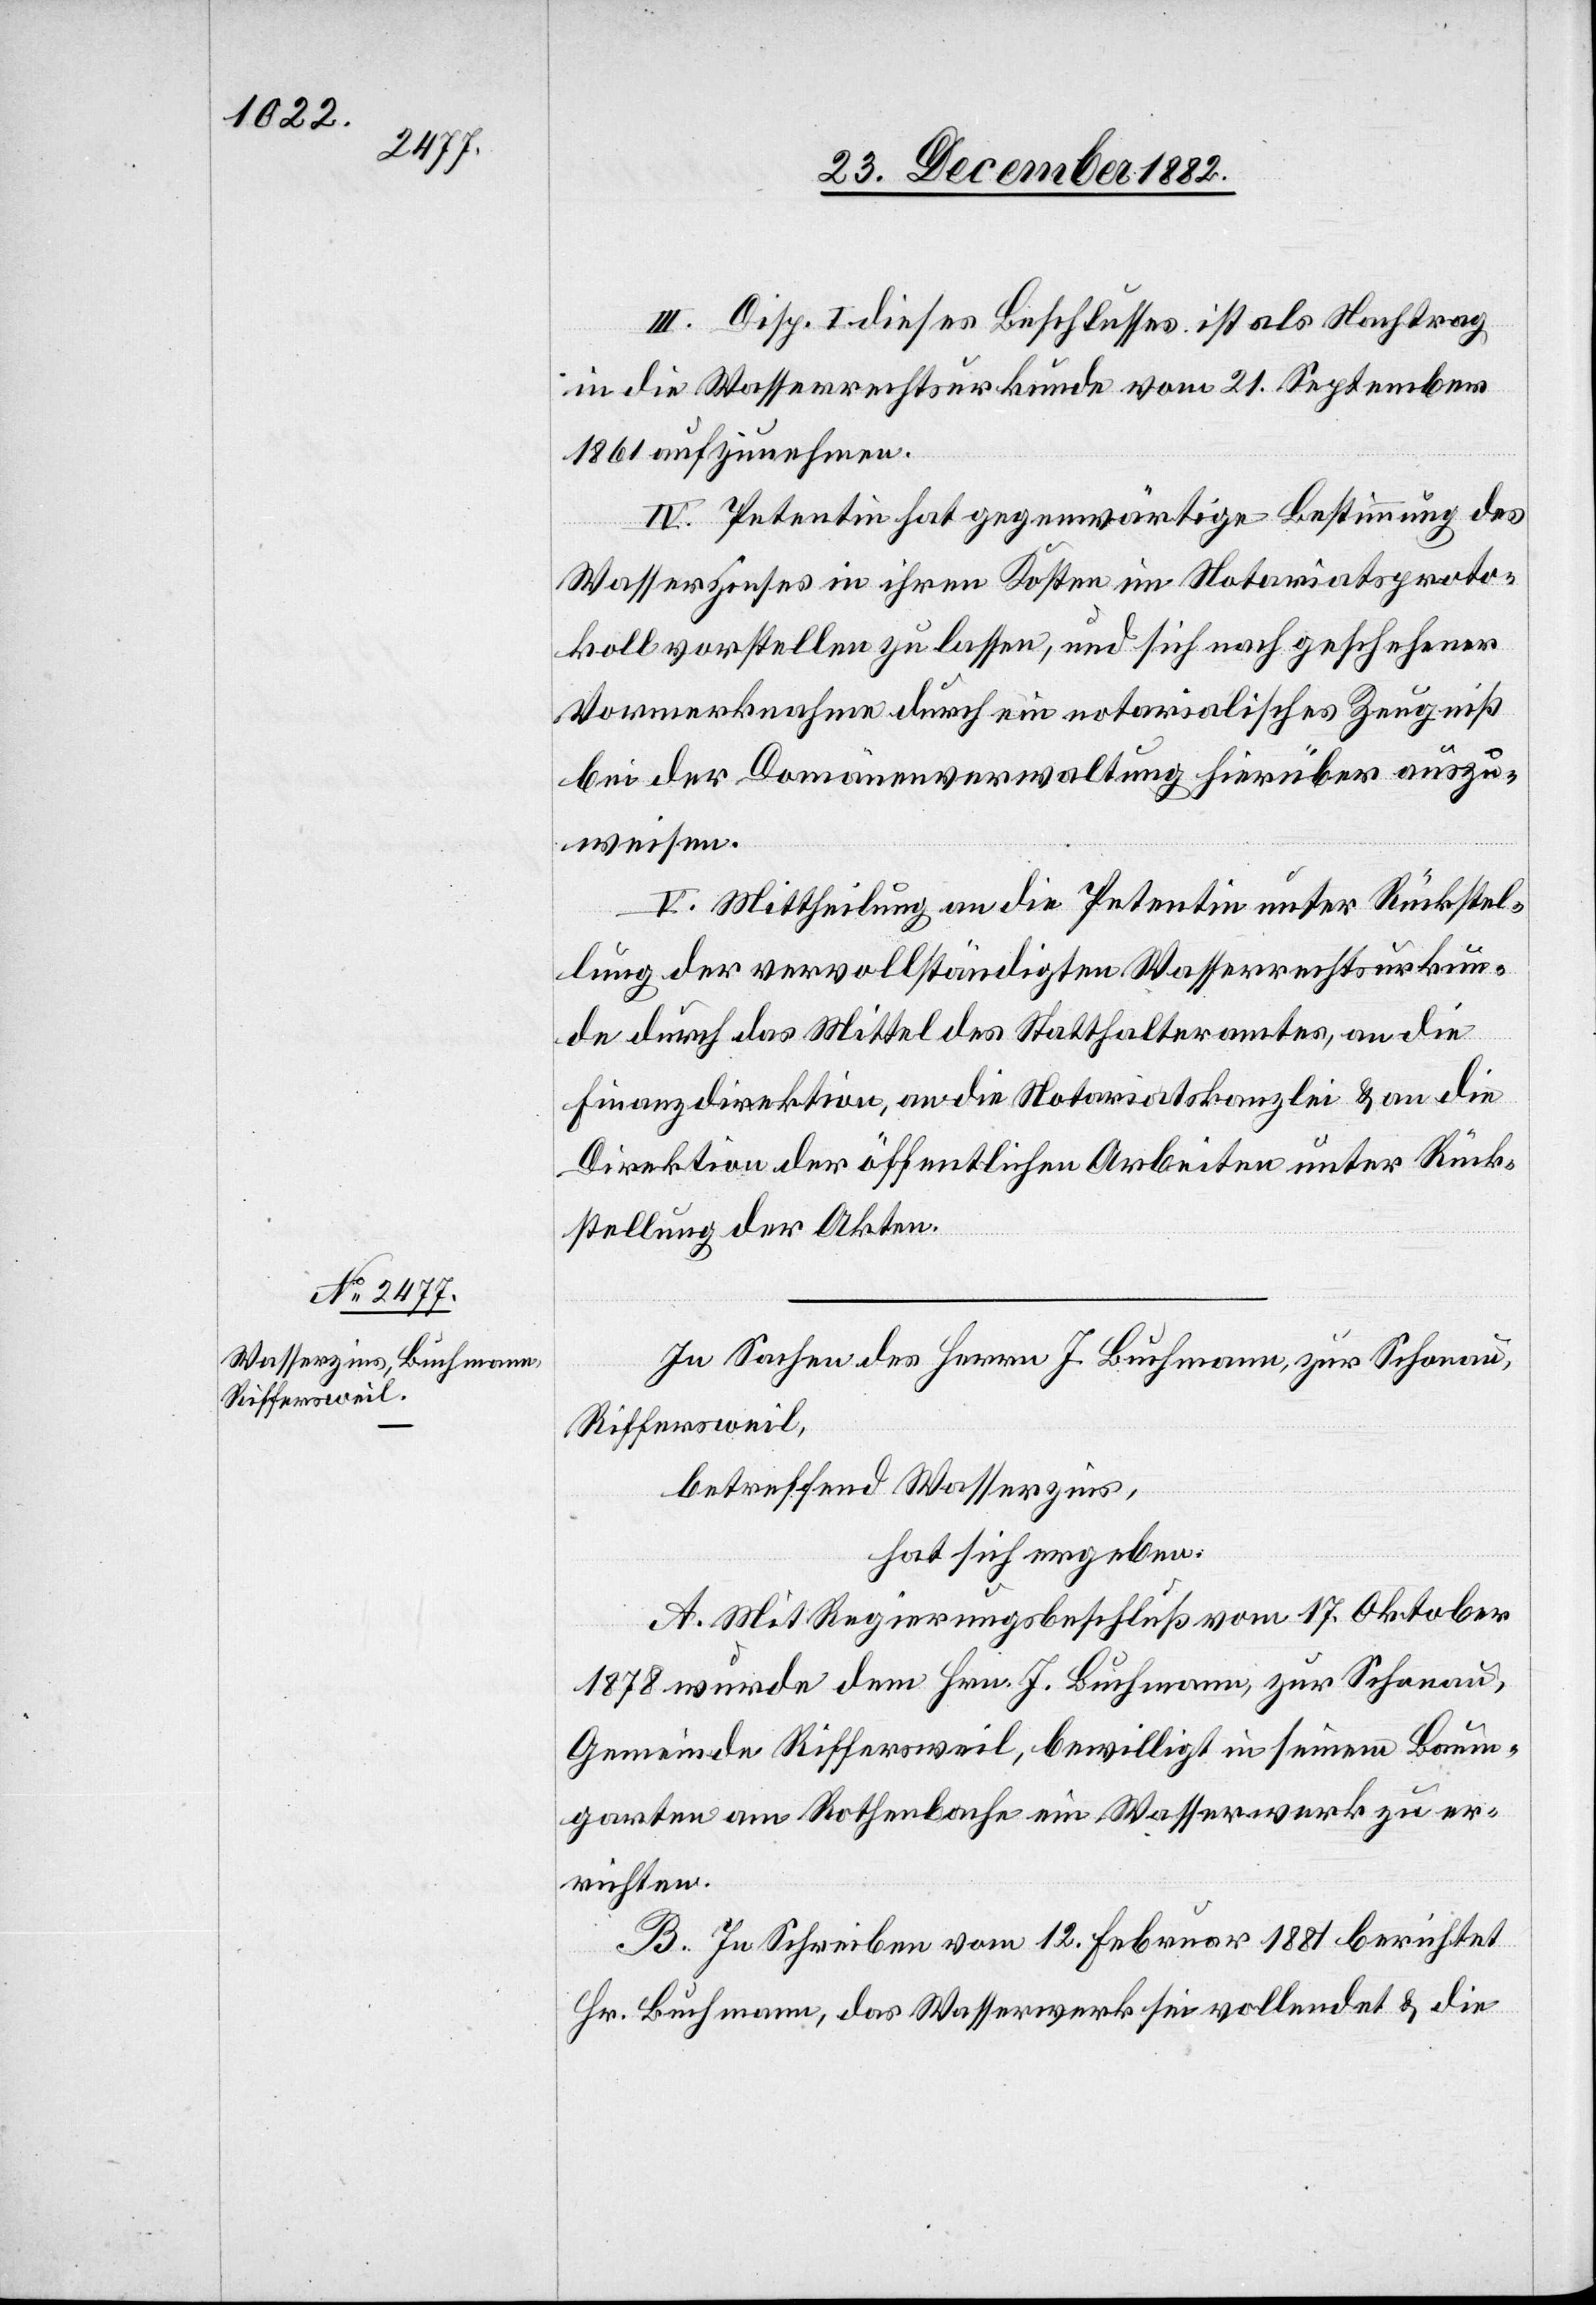
III. Disp. I dieses Beschlusses ist als Nachtrag
in die Wasserrechtsurkunde vom 21. September
1861 aufzunehmen.
IV. Petentin hat gegenwärtige Bestimmung des
Wasserzinses in ihren Kosten im Notariatsproto¬
koll vorstellen zu lassen, und sich nach geschehener
Vormerknahme durch ein notarialisches Zeugniß
bei der Domänenverwaltung hierüber auszu¬
weisen.
V. Mittheilung an die Petentin unter Rückstel¬
lung der vervollständigten Wasserrechtsurkun¬
de durch das Mittel des Statthalteramtes, an die
Finanzdirektion, an die Notariatskanzlei & an die
Direktion der öffentlichen Arbeiten unter Rück¬
stellung der Akten.
In Sachen des Herrn J. Buchmann, zur Schonau,
Riffersweil,
betreffend Wasserzins,
hat sich ergeben:
A. Mit Regierungsbeschluß vom 17. Oktober
1878 wurde dem Hrn. J. Buchmann, zur Schonau,
Gemeinde Riffersweil bewilligt in seinem Baum¬
garten am Rothenbache ein Wasserwerk zu er¬
richten.
B. In Schreiben vom 12. Februar 1881 berichtet
Hr. Buchmann, das Wasserwerk sei vollendet & die